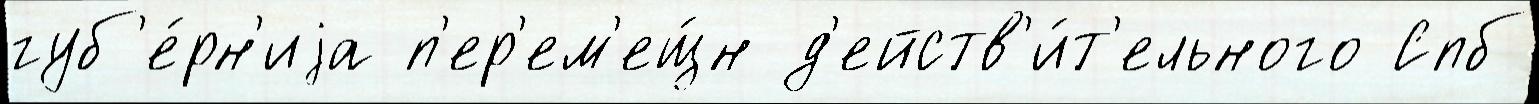
губ'е́рн'иjа п'ер'ем'ещ́н д'ейств'и́т'ельного Спб